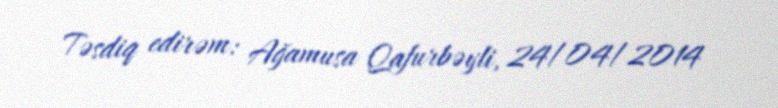
Təsdiq edirəm: Ağamusa Qafurbəyli, 24/04/2014